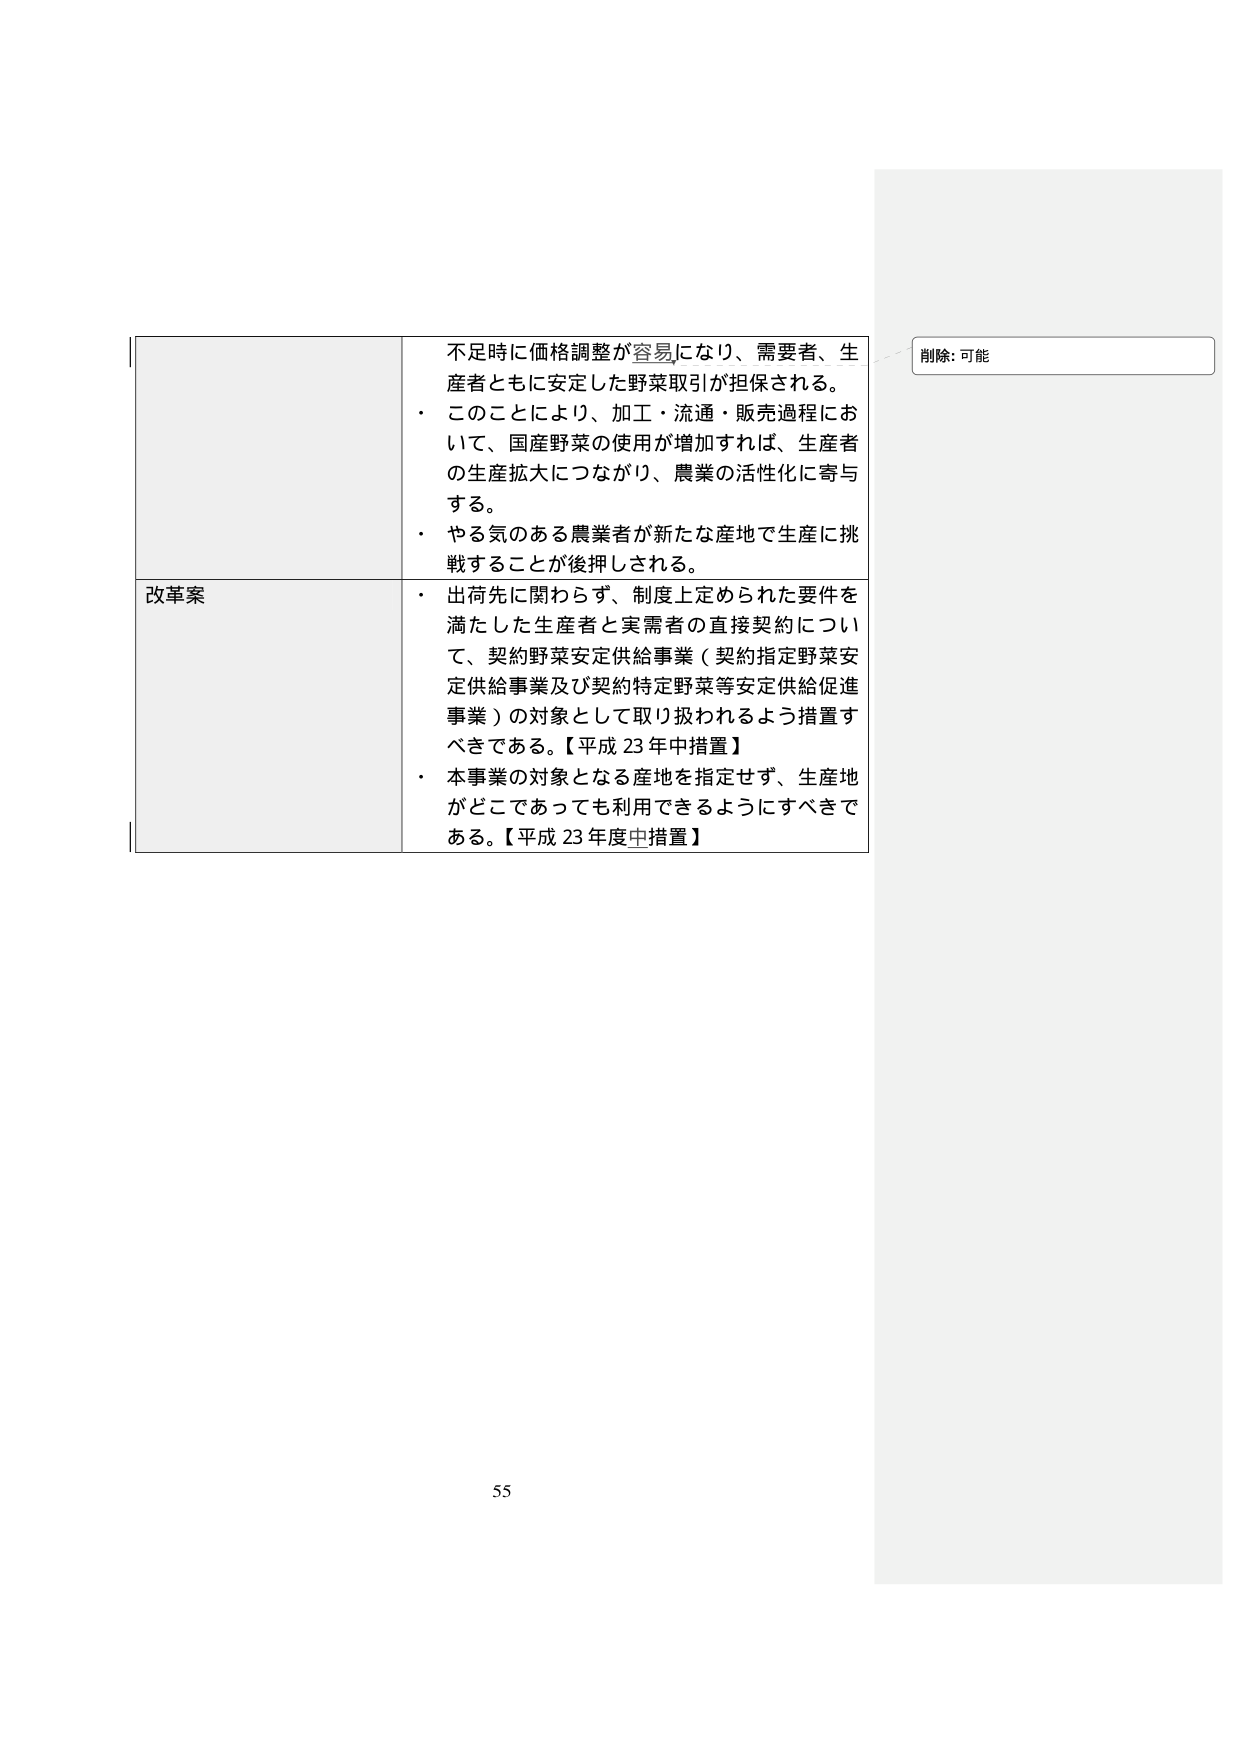
不足時に価格調整が容易になり、需要者、生産者ともに安定した野菜取引が担保される。
・このことにより、加工・流通・販売過程において、国産野菜の使用が増加すれば、生産者の生産拡大につながり、農業の活性化に寄与する。
・やる気のある農業者が新たな産地で生産に挑戦することが後押しされる。

改革案
・出荷先に関わらず、制度上定められた要件を満たした生産者と実需者の直接契約について、契約野菜安定供給事業（契約指定野菜安定供給事業及び契約特定野菜等安定供給促進事業）の対象として取り扱われるよう措置すべきである。【平成23年中措置】
・本事業の対象となる産地を指定せず、生産地がどこであっても利用できるようにすべきである。【平成23年度中措置】

削除: 可能

55